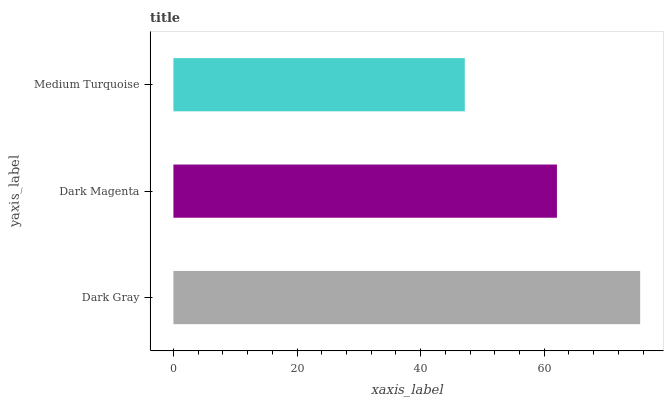
| yaxis_label | bars |
 | --- | --- |
 | Dark Gray | 75.5 |
 | Dark Magenta | 62.1 |
 | Medium Turquoise | 47.1 |